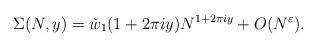
LaTeX: \begin{align*}\Sigma(N, y) = \check{w}_1(1 + 2 \pi i y) N^{1 + 2\pi i y} + O(N^{\varepsilon}).\end{align*}